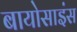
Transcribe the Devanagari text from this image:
बायोसाइंस